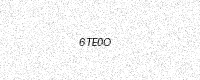
Text: 6TE0O